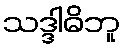
သဒ္ဒါဓိဘူ